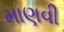
માણવી